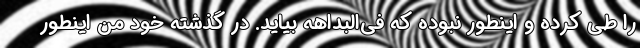
را طی کرده و اینطور نبوده که فی‌البداهه بیاید. در گذشته خود من اینطور